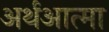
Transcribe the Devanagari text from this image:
अर्थआत्मा